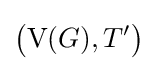
{\bigl (}\mathrm {V} (G),T'{\bigr )}